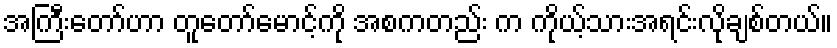
အကြီးတော်ဟာ တူတော်မောင့်ကို အစကတည်း က ကိုယ့်သားအရင်းလိုချစ်တယ်။